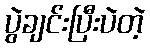
ပွဲချင်းပြီးပဲတဲ့